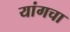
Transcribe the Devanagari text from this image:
यांगचा